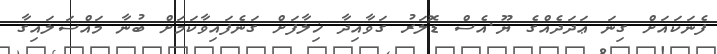
ފެނަކައަށް ގިނަ ޢަދަދެއްގެ ޔޫ.އެސް ޑޮލަރު ގަވާއިދާ ޚިލާފަށް ގަނެފައިވާކަމަށް ބުނާ މައްސަލައިގާ